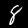
Label: 8